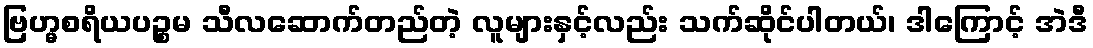
ဗြဟ္မစရိယပဉ္စမ သီလဆောက်တည်တဲ့ လူများနှင့်လည်း သက်ဆိုင်ပါတယ်၊ ဒါကြောင့် အဲဒီ